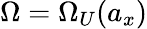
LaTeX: \Omega=\Omega_{U}(a_{x})